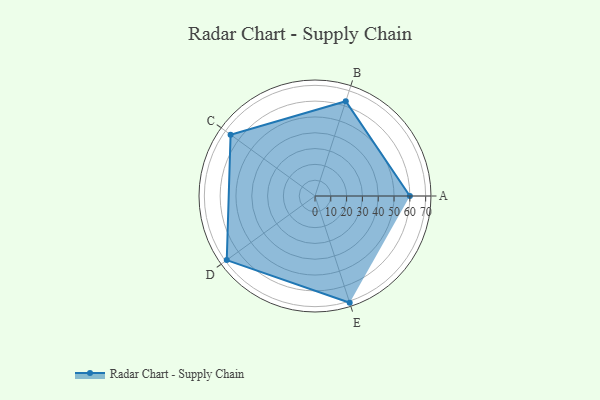
{"axis": {"x": "Skill", "y": "Score"}, "legend": ["Profile"], "data": [{"x": "A", "y": 60.0, "type": "Profile"}, {"x": "B", "y": 63.0, "type": "Profile"}, {"x": "C", "y": 66.0, "type": "Profile"}, {"x": "D", "y": 69.0, "type": "Profile"}, {"x": "E", "y": 71.0, "type": "Profile"}]}